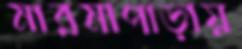
মারমাপাড়ায়